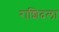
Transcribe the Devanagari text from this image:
राशिदला